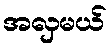
အလှမယ်